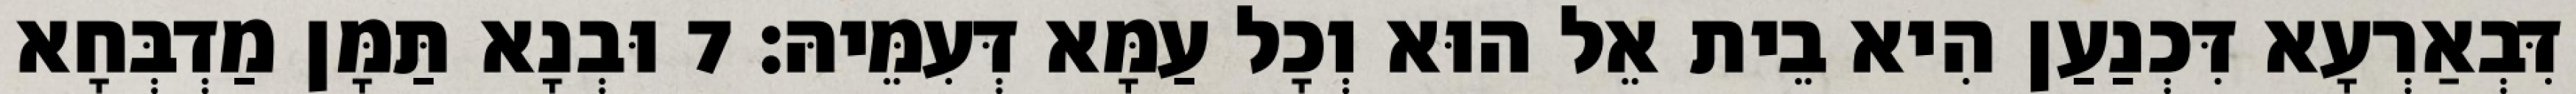
דִּבְאַרְעָא דִּכְנַעַן הִיא בֵית אֵל הוּא וְכָל עַמָּא דְּעִמֵּיהּ׃ 7 וּבְנָא תַּמָּן מַדְבְּחָא